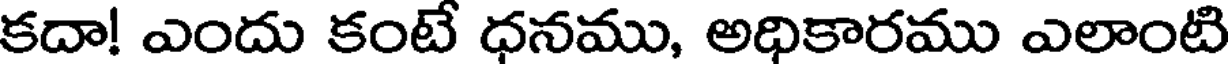
కదా! ఎందు కంటే ధనము, అధికారము ఎలాంటి